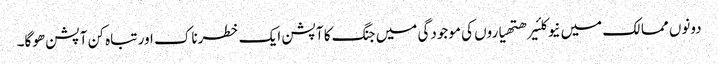
دونوں ممالک میں نیوکلئیر ھتھیاروں کی موجودگی میں جنگ کا آپشن ایک خطرناک اور تباہ کن آپشن ھوگا۔